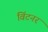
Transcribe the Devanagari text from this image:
विंटनर